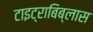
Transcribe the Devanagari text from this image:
टाइट्राबिब्लास